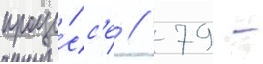
проце́сс'е // 79 -